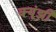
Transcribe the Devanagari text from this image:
क्यूंझी